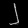
Digit: ၂